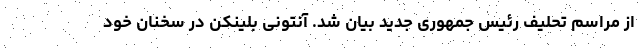
از مراسم تحلیف رئیس جمهوری جدید بیان شد. آنتونی بلینکن در سخنان خود